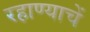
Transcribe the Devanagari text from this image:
रहाण्याचें